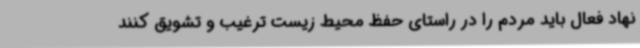
نهاد فعال باید مردم را در راستای حفظ محیط زیست ترغیب و تشویق کنند